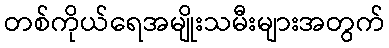
တစ်ကိုယ်ရေအမျိုးသမီးများအတွက်